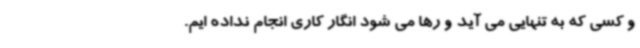
و کسی که به تنهایی می آید و رها می شود انگار کاری انجام نداده ایم.